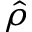
\hat { \rho }